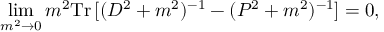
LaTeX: \operatorname * { l i m } _ { m ^ { 2 } \to 0 } m ^ { 2 } \mathrm { T r } \, [ ( D ^ { 2 } + m ^ { 2 } ) ^ { - 1 } - ( P ^ { 2 } + m ^ { 2 } ) ^ { - 1 } ] = 0 ,